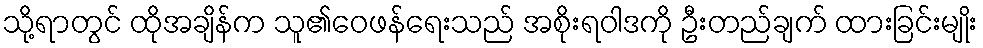
သို့ရာတွင် ထိုအချိန်က သူ၏ဝေဖန်ရေးသည် အစိုးရဝါဒကို ဦးတည်ချက် ထားခြင်းမျိုး